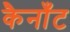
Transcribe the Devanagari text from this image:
कैनाँट